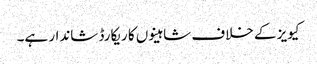
کیویز کے خلاف شاہینوں کا ریکارڈ شاندار ہے۔